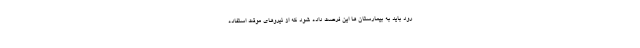
رود باید به بیمارستان ها این فرصت داده شود که از نیروهای موقت استفاده